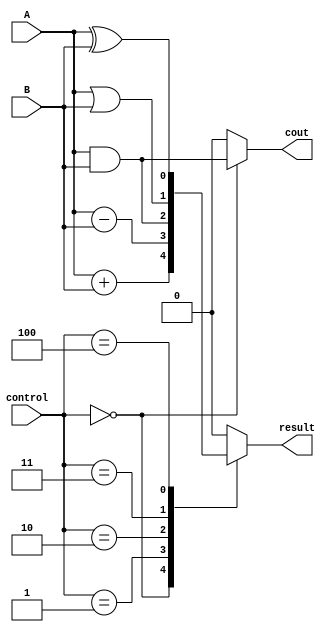
module ALU (
    input wire A,
    input wire B,
    input wire [2:0] control,
    output reg result,
    output reg cout
);

always @(*)
begin
    case(control)
        3'b000: begin // Addition
            result = A + B;
            cout = A & B;
        end
        3'b001: begin // Subtraction
            result = A - B;
            // No carry out for subtraction
            cout = 1'b0;
        end
        3'b010: begin // AND operation
            result = A & B;
            // No carry out for AND operation
            cout = 1'b0;
        end
        3'b011: begin // OR operation
            result = A | B;
            // No carry out for OR operation
            cout = 1'b0;
        end
        3'b100: begin // XOR operation
            result = A ^ B;
            // No carry out for XOR operation
            cout = 1'b0;
        end
        default: begin
            result = 1'b0;
            cout = 1'b0;
        end
    endcase
end

endmodule